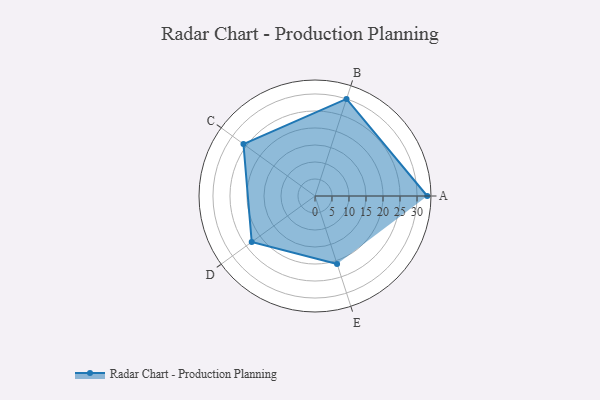
{"axis": {"x": "Skill", "y": "Score"}, "legend": ["Profile"], "data": [{"x": "A", "y": 33.0, "type": "Profile"}, {"x": "B", "y": 30.0, "type": "Profile"}, {"x": "C", "y": 26.0, "type": "Profile"}, {"x": "D", "y": 23.0, "type": "Profile"}, {"x": "E", "y": 21.0, "type": "Profile"}]}